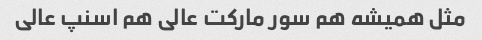
مثل همیشه هم سور مارکت عالی هم اسنپ عالی